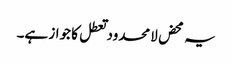
یہ محض لامحدود تعطل کا جواز ہے۔